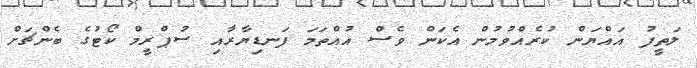
ލަތީފު އައްޔަން ކުރެއްވުމުން އެކަން ވެސް އުއްތަމަ ފަނޑިޔާރާއި ސުޕްރީމް ކޯޓުގެ ބެންޗަށް